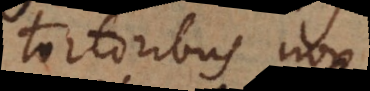
tortoribus non